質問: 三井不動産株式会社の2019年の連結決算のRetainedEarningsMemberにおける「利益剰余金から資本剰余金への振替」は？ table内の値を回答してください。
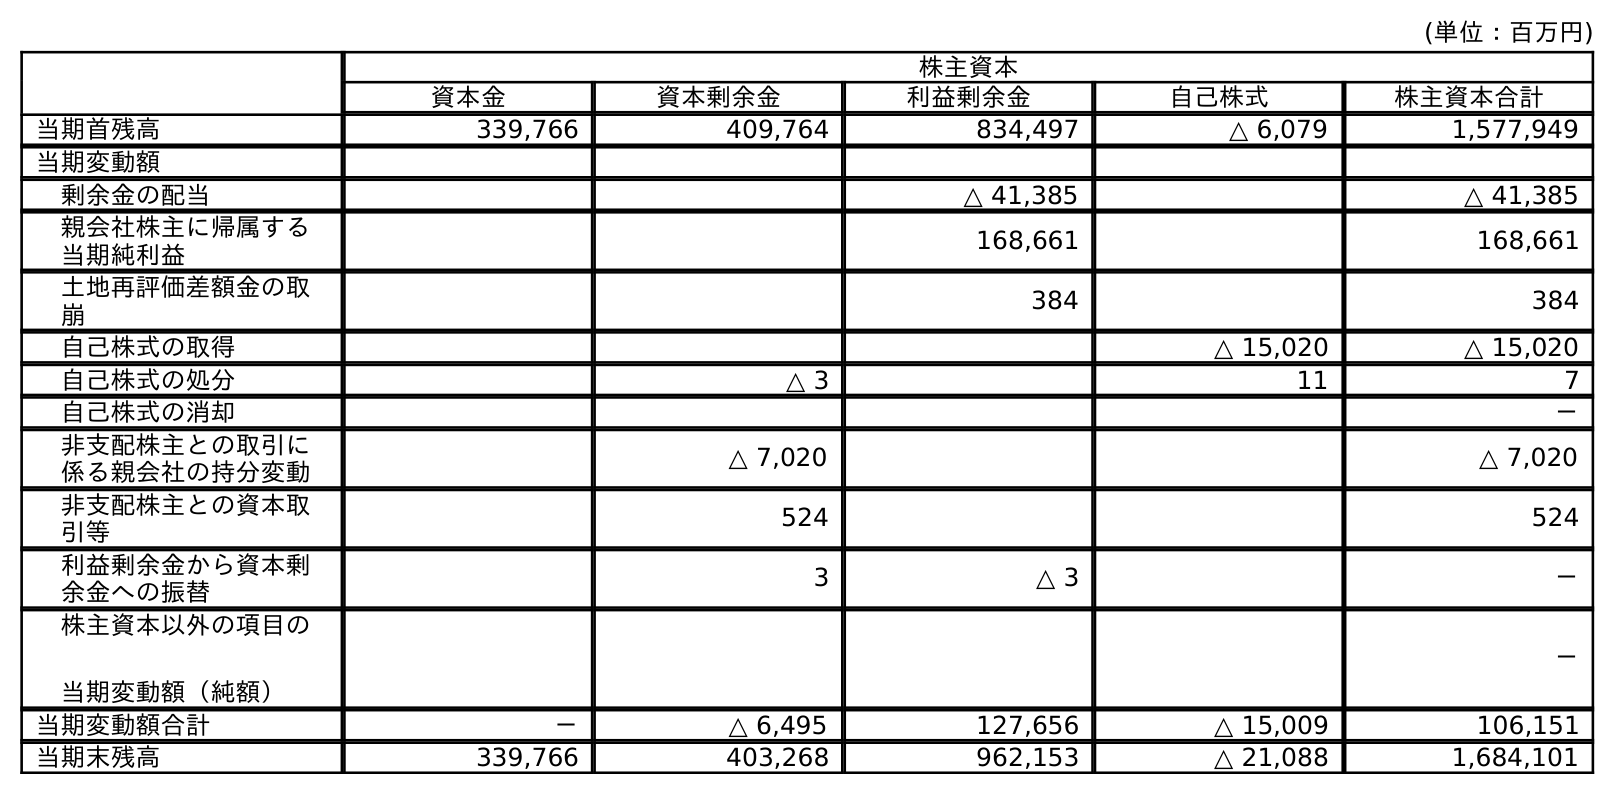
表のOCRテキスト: (単位：百万円) 株主資本 資本金 資本剰余金 利益剰余金 自己株式 株主資本合計 当期首残高 339,766 409,764 834,497 △ 6,079 1,577,949 当期変動額 剰余金の配当 △ 41,385 △ 41,385 親会社株主に帰属する 当期純利益 168,661 168,661 土地再評価差額金の取 崩 384 384 自己株式の取得 △ 15,020 △ 15,020 自己株式の処分 △ 3 11 7 自己株式の消却 － 非支配株主との取引に 係る親会社の持分変動 △ 7,020 △ 7,020 非支配株主との資本取 引等 524 524 利益剰余金から資本剰 余金への振替 3 △ 3 － 株主資本以外の項目の 当期変動額（純額） － 当期変動額合計 － △ 6,495 127,656 △ 15,009 106,151 当期末残高 339,766 403,268 962,153 △ 21,088 1,684,101
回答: △3